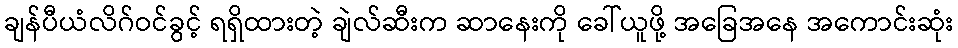
ချန်ပီယံလိဂ်ဝင်ခွင့် ရရှိထားတဲ့ ချဲလ်ဆီးက ဆာနေးကို ခေါ်ယူဖို့ အခြေအနေ အကောင်းဆုံး